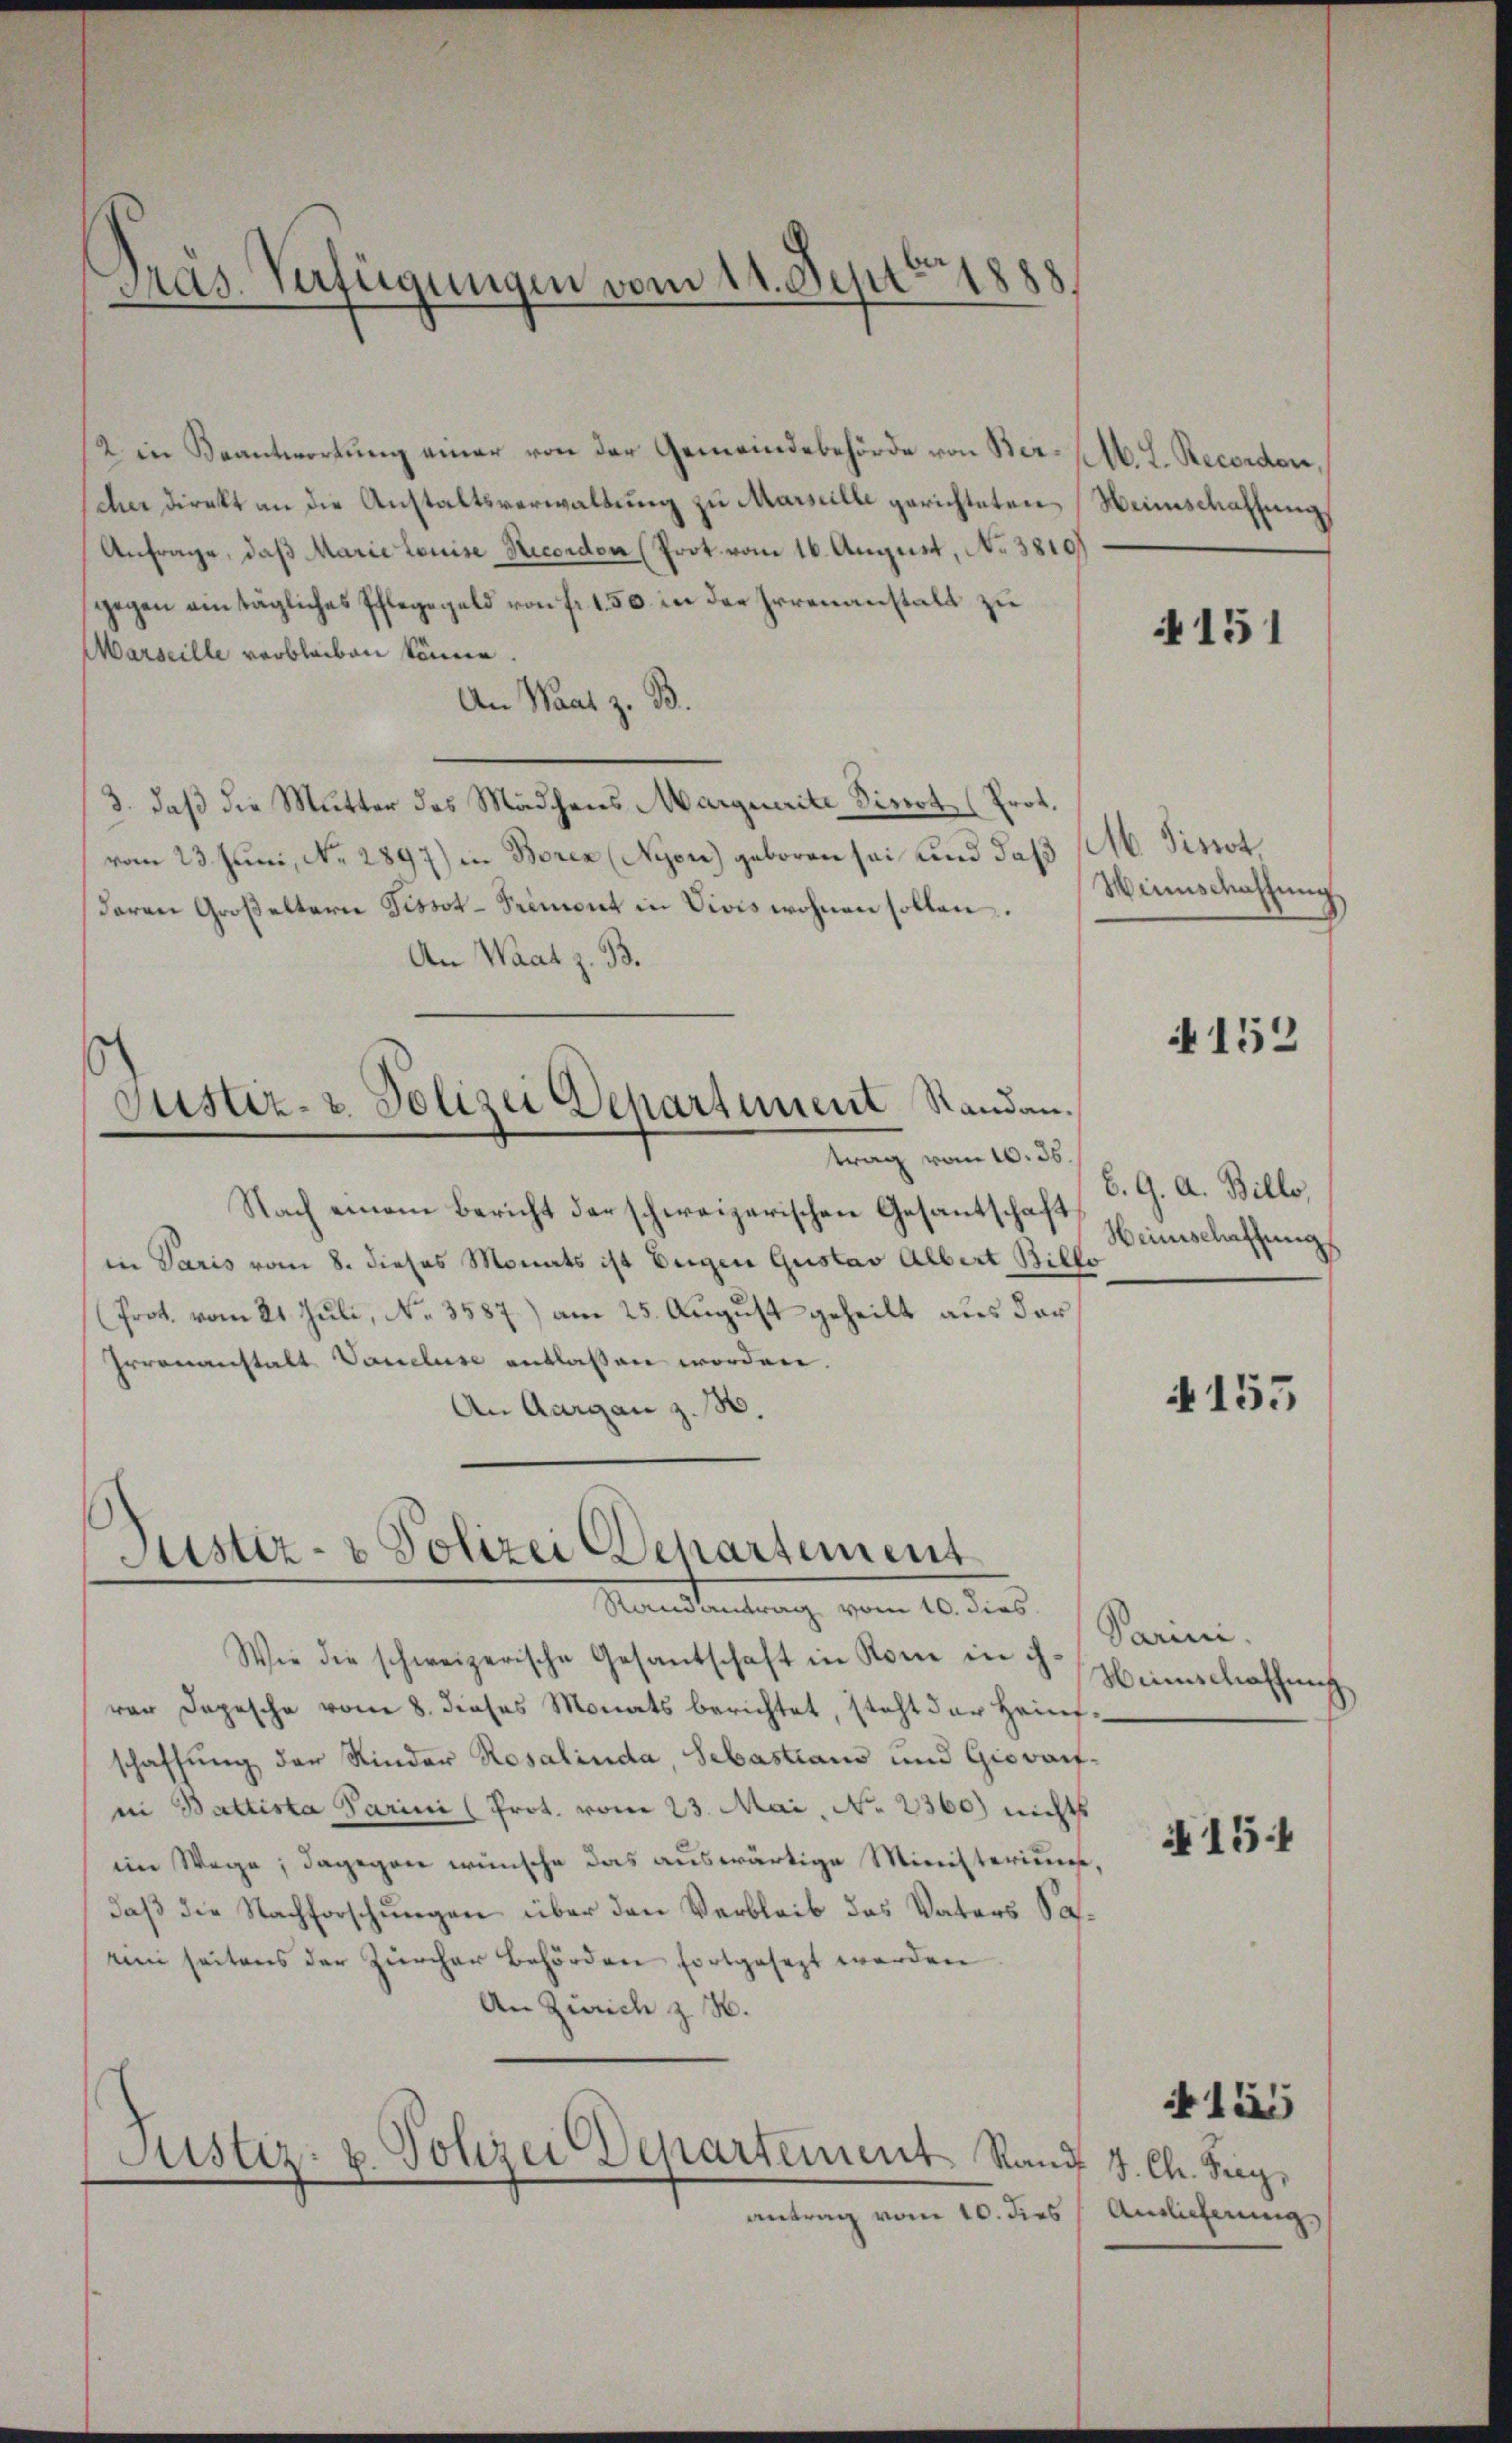
Präs. Verfügungen vom 11. Sept 1888

2 in Beantwortung einer von der Gemeindebehörde von Berl. L. Recorden,
cher direkt an die Anstaltsverwaltung zu Marseille gerichteten Weinschaffung
Anfrage, daß Marie Louise Recorden (Prot vom 16. August, No 3810
gegen ein tägliches Pflegegeld von fr. 1.50 in der Irrenanstalt zu
Marseille verbleiben könne
An Waat z. B.
3. daß die Mutter des Mädchens Marquerite Finot (Prot.
vom 23. Juni, No. 2897) in Boren (Nyon) geboren sei und daß M. Pissot
daran Großeltern Fissot-Tremont in Vicis wohnen sollen.
An Waat z. B.
Justiz- & Polizei Departement Standantrag vom 10. 36.
Nach einem Bericht der schweizerischen Gesantschaft
in Paris vom 8. dieses Monats ist Eugen Gustav Albert Billo
Prot. vom 21. Juli, No. 3587) am 25. August geheilt aus der
Irrenanstalt Vaucluse entlaßen worden.
An Aargau z. B.

Justiz- & Polizei Departement
Mandantung vom 10. dies

Wie die schweizerische Gesandschaft in Rome in ih-
var Depesche vom 8. dieses Monats berichtet, steht der Hein
schaffung der Kinder Rosalinda, Sebastians und Giovartin Battista Varini (Prot. vom 23. Mai, No 2360) nichts
im Wege; dagegen wünsche das auswärtige Ministerium,
daß die Nachforschungen über den Verbleib des Vaters Sarini seitens der Zürcher Behörden fortgesezt werden
An Zürich z. H.
Justiz- u. Polizei Departement Rand J. Ch. Frey,

antrag vom 10. dies

151

Winnschaffung

A 152

8. 9. A. Billo,
Heinschaffung

4155

Varini.
Weinschaffung

A 15

Ainlicherung,

läs